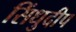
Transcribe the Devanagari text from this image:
सिंधुदीप